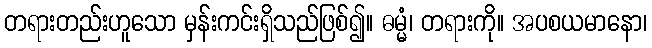
တရားတည်းဟူသော မှန်းကင်းရှိသည်ဖြစ်၍။ ဓမ္မံ၊ တရားကို။ အပစယမာနော၊